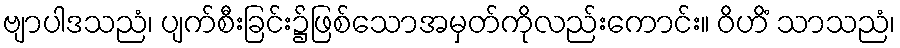
ဗျာပါဒသညံ၊ ပျက်စီးခြင်း၌ဖြစ်သောအမှတ်ကိုလည်းကောင်း။ ဝိဟိံ သာသညံ၊